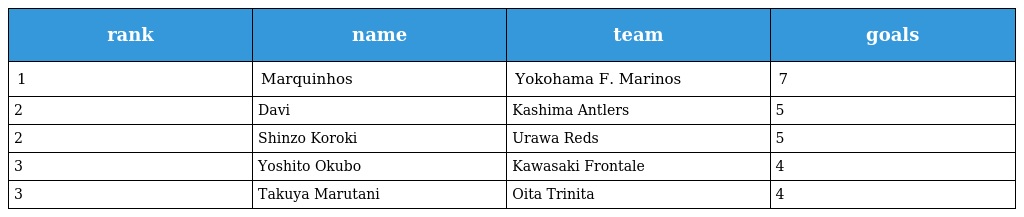
| rank | name | team | goals |
 | --- | --- | --- | --- |
 | 1 | Marquinhos | Yokohama F. Marinos | 7 |
 | 2 | Davi | Kashima Antlers | 5 |
 | 2 | Shinzo Koroki | Urawa Reds | 5 |
 | 3 | Yoshito Okubo | Kawasaki Frontale | 4 |
 | 3 | Takuya Marutani | Oita Trinita | 4 |